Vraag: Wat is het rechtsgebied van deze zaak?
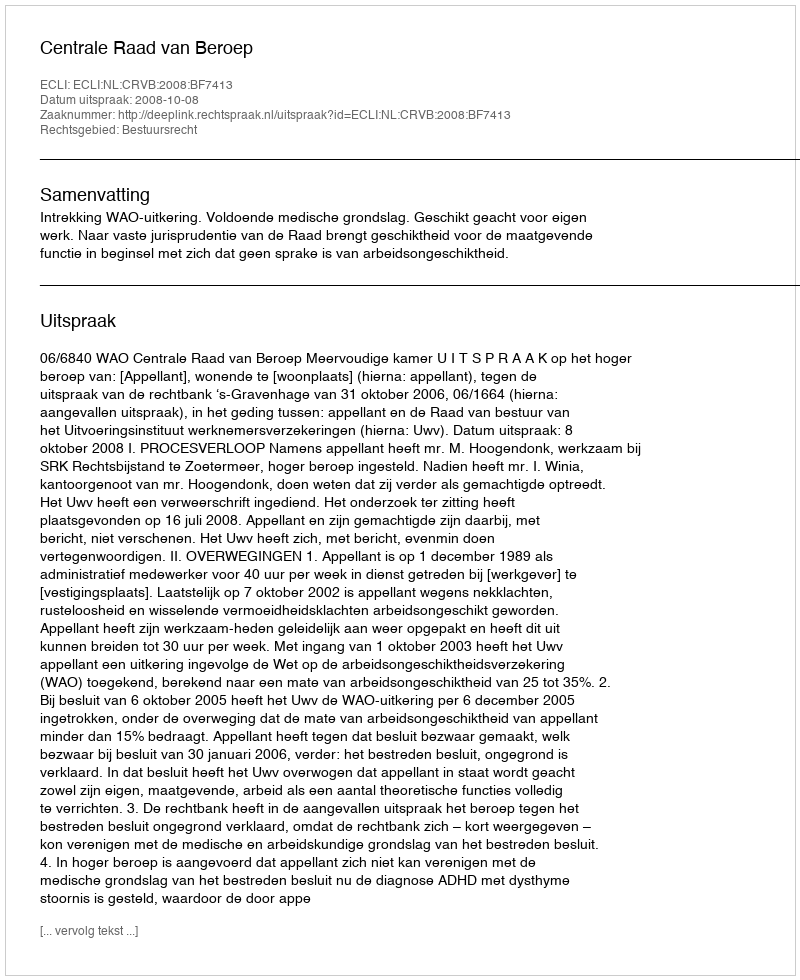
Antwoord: Bestuursrecht